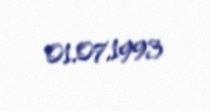
01.07.1993